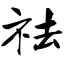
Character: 祛